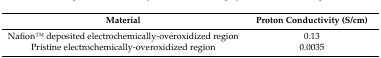
<table><thead><tr><td><b>Material</b></td><td><b>Proton Conductivity (S/cm)</b></td></tr></thead><tbody><tr><td>NafionTM deposited electrochemically-overoxidized region</td><td>0.13</td></tr><tr><td>Pristine electrochemically-overoxidized region</td><td>0.0035</td></tr></tbody></table>